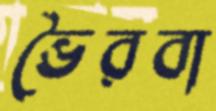
ভৈরবা